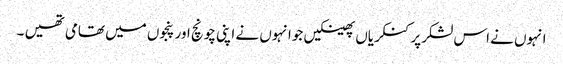
انہوں نے اس لشکرپر کنکریاں پھینکیں جوانہوں نے اپنی چونچ اور پنجوں میں تھامی تھیں ۔